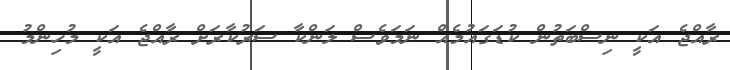
ރާއްޖެ އަކީ ނިސްބަތުން ކުޑަގައުމެއް ނަމަވެސް ލަންކާ ސަރުކާރަށް ރާއްޖެ އަކީ މުހިންމު